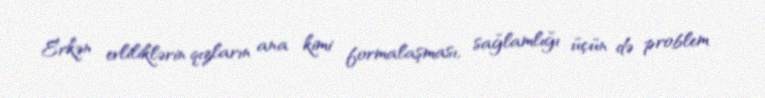
Erkən evliliklərin qızların ana kimi formalaşması, sağlamlığı üçün də problem